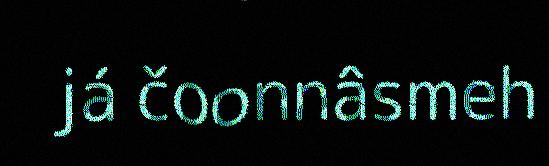
já čoonnâsmeh